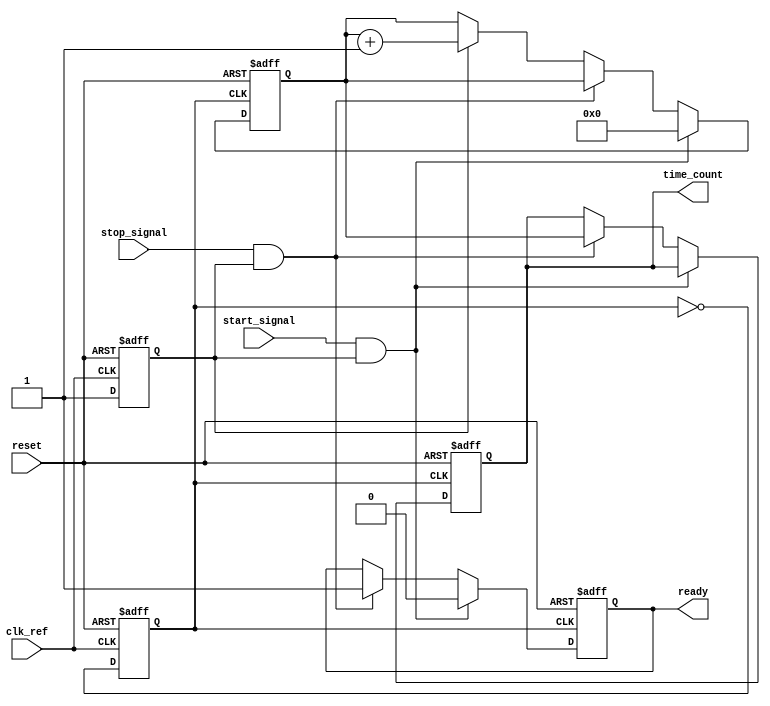
module TDC (
    input wire clk_ref,           // Reference clock input
    input wire start_signal,      // Start signal input
    input wire stop_signal,       // Stop signal input
    input wire reset,             // Reset signal
    output reg [31:0] time_count, // Output time count
    output reg ready              // Ready signal
);

// PLL parameters (Example values)
parameter PLL_MULTIPLIER = 8;   // PLL multiplier for output frequency
parameter COUNTER_WIDTH = 32;    // Width of the counter

// Internal signals
reg [COUNTER_WIDTH-1:0] counter; // Counter for clock cycles
reg pll_clk;                      // PLL output clock
reg pll_locked;                   // PLL locked status

// PLL Block (simplified)
always @(posedge clk_ref or posedge reset) begin
    if (reset) begin
        pll_clk <= 0;
        pll_locked <= 0;
    end else begin
        // Simulate PLL behavior (for example purposes)
        pll_clk <= ~pll_clk; // Toggle clock for simulation
        if (pll_locked == 0) begin
            pll_locked <= 1; // Lock PLL on first clock
        end
    end
end

// Counter Logic
always @(posedge pll_clk or posedge reset) begin
    if (reset) begin
        counter <= 0;
        time_count <= 0;
        ready <= 0;
    end else if (start_signal && pll_locked) begin
        counter <= 0; // Reset counter on start signal
        ready <= 0;   // Clear ready signal
    end else if (stop_signal && pll_locked) begin
        time_count <= counter; // Capture the count
        ready <= 1;            // Indicate measurement is complete
    end else if (pll_locked) begin
        counter <= counter + 1; // Increment counter on PLL clock
    end
end

endmodule